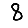
Digit: 8